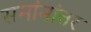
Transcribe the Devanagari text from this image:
समांनांतर